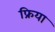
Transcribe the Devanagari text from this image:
फ्रिया